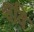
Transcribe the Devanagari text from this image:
श्ववि